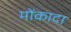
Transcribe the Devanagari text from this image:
मोंकादा